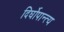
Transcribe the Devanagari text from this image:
दिर्घोपान्त्य